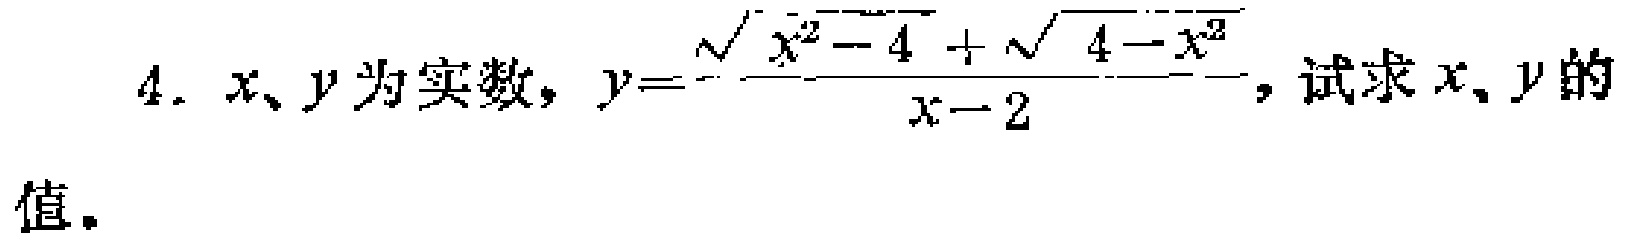
\(4. \ x、y为实数，y = \frac{\sqrt{x^{2}-4}+\sqrt{4 - x^{2}}}{x - 2}，试求x、y的值。\)